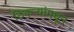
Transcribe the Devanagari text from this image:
ठिकऱ्यांमधून